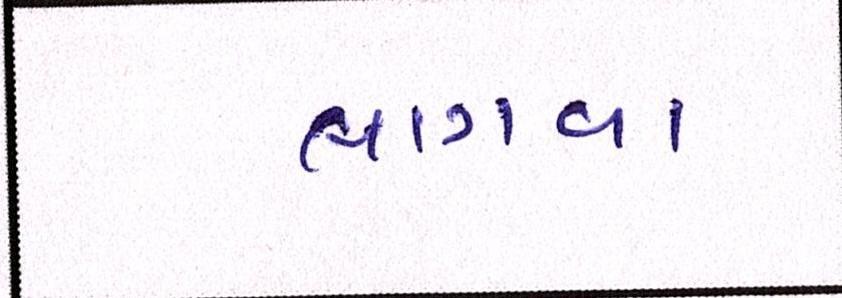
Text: લાગવા